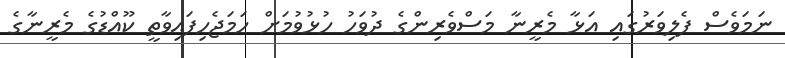
ނަމަވެސް ފެލިވަރުގައި އަޅާ މެރީނާ މަސްވެރިންގެ ދުވަހު ހުޅުވުމަށް ހަމަޖެހިފައިވާތީ ކޫއްޑުގެ މެރީނާގެ